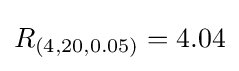
R_{(4,20,0.05)}=4.04